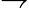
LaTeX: \rightharpoondown